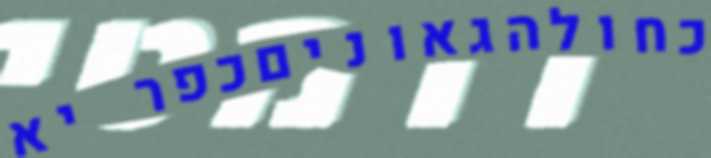
כחולהגאוניםכפר יא